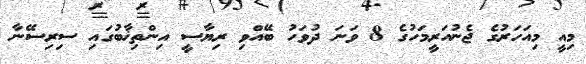
މިއީ މިއަހަރުގެ ޖެނުއަރީމަހުގެ 8 ވަނަ ދުވަހު ބޭއްވި ރިޔާސީ އިންތިޚާބުގައި ސިރިސޭނާ